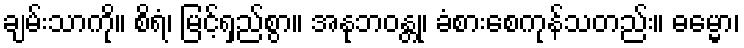
ချမ်းသာကို။ စိရံ၊ မြင့်ရှည်စွာ။ အနုဘဝန္တု၊ ခံစားစေကုန်သတည်း။ ဓမ္မော၊